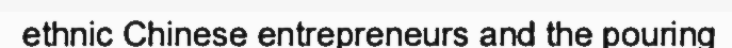
ethnic Chinese entrepreneurs and the pouring